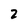
Character: 2